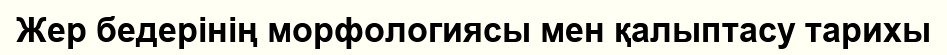
Жер бедерінің морфологиясы мен қалыптасу тарихы